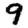
Digit: 9